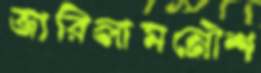
জারিলামনৌশ